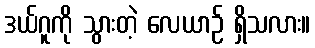
ဒယ်ဂူကို သွားတဲ့ လေယာဉ် ရှိသလား။